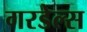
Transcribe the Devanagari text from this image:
गरडेल्स